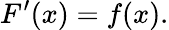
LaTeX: F^{\prime}(x)=f(x).